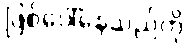
ဖြစ်ပေါ်နေသည်ကို